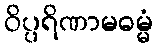
ဝိပ္ပရိဏာမဓမ္မံ